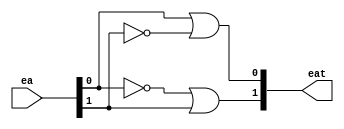
module cc_inicio(
input [1:0] ea,
output [1:0] eat
);

wire n_ea0, n_ea1;
not(n_ea0, ea[0]); 
not(n_ea1, ea[1]); 

or(eat[0], ea[0], n_ea1);
or(eat[1], n_ea0, ea[1]);

endmodule